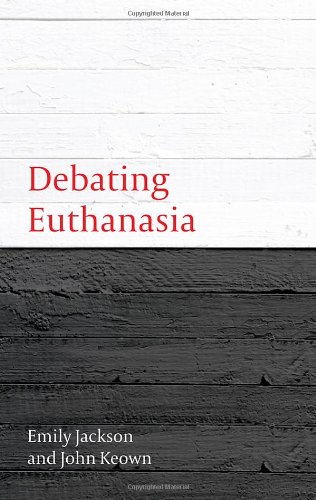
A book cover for Debating Euthanasia (Debating Law); Emily Jackson; Medical Books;